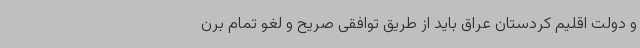
و دولت اقلیم کردستان عراق باید از طریق توافقی صریح و لغو تمام برن